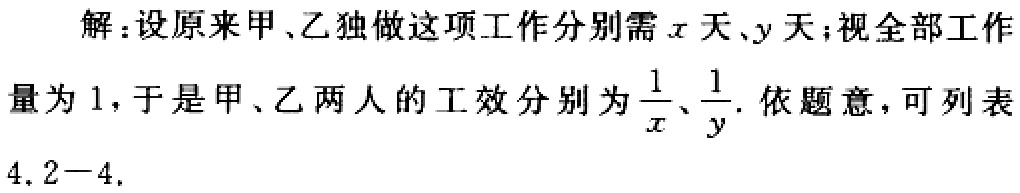
解：设原来甲、乙独做这项工作分别需\(x\)天、\(y\)天；视全部工作量为\(1\)，于是甲、乙两人的工效分别为\(\frac{1}{x}\)、\(\frac{1}{y}\). 依题意，可列表4.2 - 4.